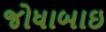
જોધાબાઇ